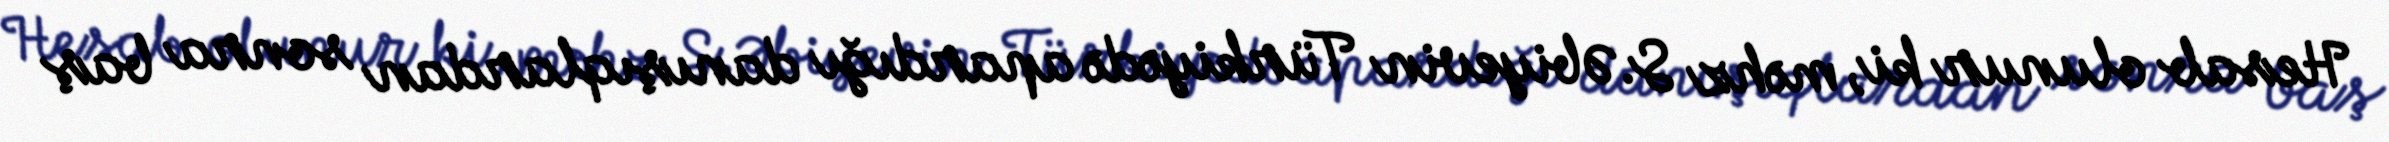
Hesab olunur ki, məhz S.Əbiyevin Türkiyədə apardığı danışıqlardan sonra baş